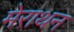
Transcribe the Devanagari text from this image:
मेराथन